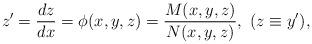
LaTeX: \begin{align*}z'=\frac{dz}{dx}=\phi(x,y,z)=\frac{M(x,y,z)}{N(x,y,z)}, \,\,(z \equiv y'),\end{align*}